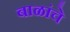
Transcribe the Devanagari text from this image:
बाळांचे